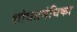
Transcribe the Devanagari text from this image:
शोधप्रबंधिका